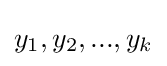
y_{1},y_{2},...,y_{k}